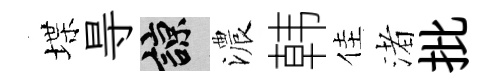
堞㝵諒濃韩佳渚批